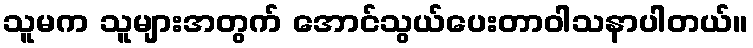
သူမက သူများအတွက် အောင်သွယ်ပေးတာဝါသနာပါတယ်။